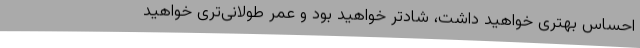
احساس بهتری خواهید داشت، شادتر خواهید بود و عمر طولانی‌تری خواهید